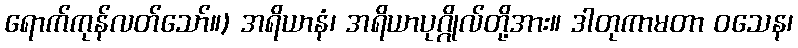
ရောက်ကုန်လတ်သော်။) အရိယာနံ၊ အရိယာပုဂ္ဂိုလ်တို့အား။ ဒါတုကာမတာ ဝသေန၊